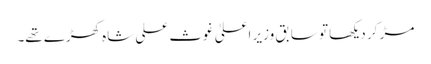
مڑ کر دیکھا تو سابق وزیر اعلیٰ غوث علی شاہ کھڑے تھے۔